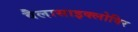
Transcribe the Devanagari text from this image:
वैलासाइक्लोविर